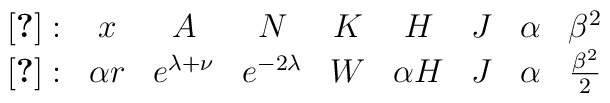
\begin{array}{ccccccccc}\cite{bhk} : & x & A & N &K & H & J & \alpha & \beta^2\\\cite{bfm2} : & \alpha r & e^{\lambda+\nu} & e^{-2\lambda} &W & \alpha H & J  & \alpha & \frac{\beta^2}{2}\end{array}